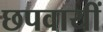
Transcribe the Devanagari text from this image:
छपवायीं